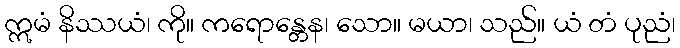
ဣမံ နိဿယံ၊ ကို။ ကရောန္တေန၊ သော။ မယာ၊ သည်။ ယံ တံ ပုညံ၊